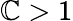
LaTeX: \mathbb{C}>1